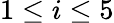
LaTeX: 1\le i\le 5